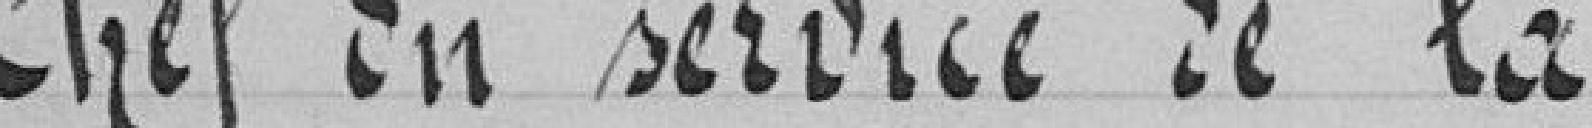
Chef du service de la